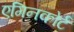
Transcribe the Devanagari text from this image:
एगिनकोर्ट